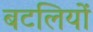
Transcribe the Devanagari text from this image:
बटलियों